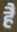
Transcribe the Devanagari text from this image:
है॑